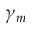
\gamma _ { m }